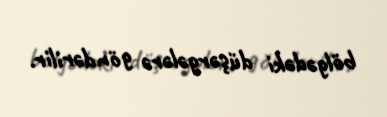
bölgədəki düşərgələrə göndərilir.